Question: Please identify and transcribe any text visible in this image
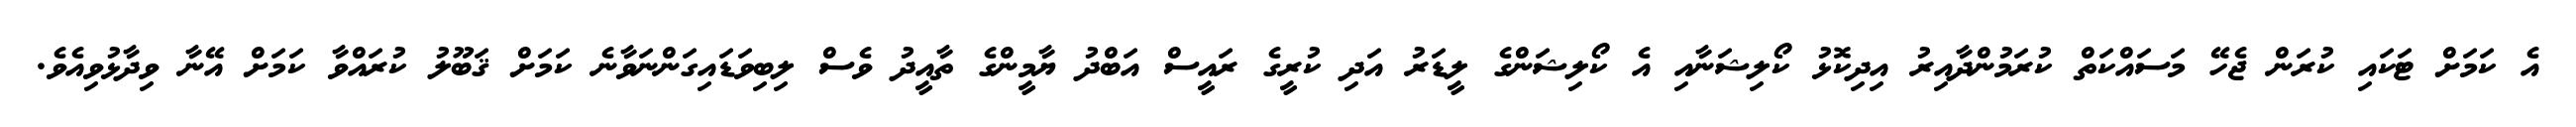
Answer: އެ ކަމަށް ޓަކައި ކުރަން ޖެހޭ މަސައްކަތް ކުރަމުންދާއިރު އިދިކޮޅު ކޯލިޝަނާއި އެ ކޯލިޝަންގެ ލީޑަރު އަދި ކުރީގެ ރައީސް އަބްދު ޔާމީންގެ ތާއީދު ވެސް ލިބިވަޑައިގަންނަވާނެ ކަމަށް ޤަބޫލު ކުރައްވާ ކަމަށް އޭނާ ވިދާޅުވިއެވެ.